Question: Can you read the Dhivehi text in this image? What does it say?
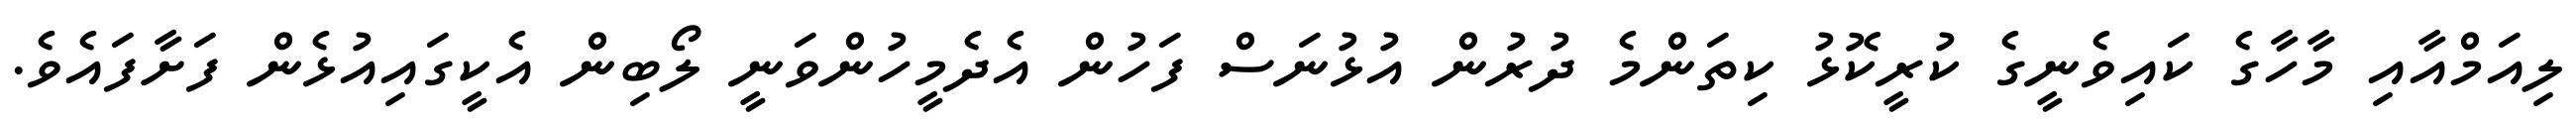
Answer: ލިއަމްއާއި މާހާގެ ކައިވެނީގެ ކުރީކޮޅު ކިތަންމެ ދުރުން އުޅުނަސް ފަހުން އެދެމީހުންވަނީ ލޯބިން އެކީގައިއުޅެން ފަށާފައެވެ.